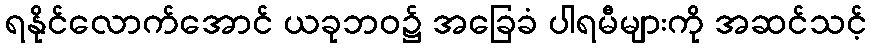
ရနိုင်လောက်အောင် ယခုဘဝ၌ အခြေခံ ပါရမီများကို အဆင်သင့်